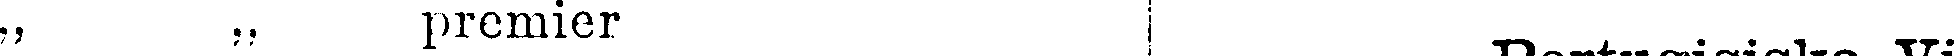
„ „ premier